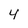
Character: 4